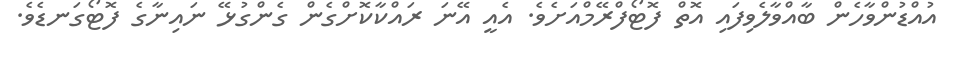
އުއްޑުންވާހެން ބާއްވާލެވިފައި އޮތް ފޮޓޯފްރޭމްއަށެވެ. އެއީ އޭނަ ރައްކާކޮށްގެން ގެންގުޅޭ ނައިނާގެ ފޮޓޯގަނޑެވެ.